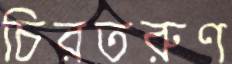
চিরতরুণ